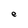
Character: e